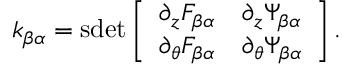
k _ { \beta \alpha } = \mathrm { s d e t } \left[ \begin{array} { c c } { { \partial _ { z } F _ { \beta \alpha } } } & { { \partial _ { z } \Psi _ { \beta \alpha } } } \\ { { \partial _ { \theta } F _ { \beta \alpha } } } & { { \partial _ { \theta } \Psi _ { \beta \alpha } } } \end{array} \right] .